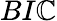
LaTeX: BI\mathbb{C}